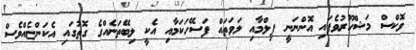
ވޮކްސް މަޝްހޫރުވެފައި އޮންނަނީ ފިލްމާއި ލަވަތައް ފަސޭހަކަމާއި އެކީ ލިބޭތަނެއްގެ ގޮތުގައި އެކަންޏެއްވެސް